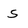
Character: S